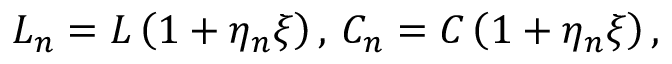
L _ { n } = L \left( 1 + \eta _ { n } \xi \right) , \, C _ { n } = C \left( 1 + \eta _ { n } \xi \right) ,